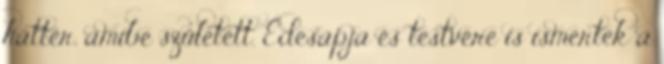
háttér, amibe született. Édesapja és testvére is ismertek a